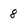
Character: 8